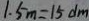
1 . 5 m = 1 5 d m